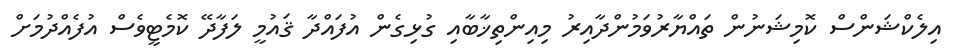
އިލެކްޝަންސް ކޮމިޝަނުން ތައްޔާރުވަމުންދާއިރު މިއިންތިޚާބާއި ގުޅިގެން އުފައްދާ ޤައުމީ ލަފާދޭ ކޮމެޓީވެސް އުފެއްދުމަށް